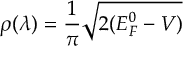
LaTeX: \rho ( \lambda ) = \frac { 1 } { \pi } \sqrt { 2 ( E _ { F } ^ { 0 } - V ) }